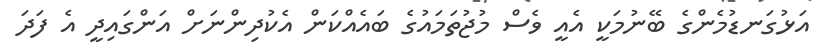
އަޅުގަނޑުމެންގެ ބޭނުމަކީ އެއީ ވެސް މުޖުތަމައުގެ ބައެއްކަން އެކުދިންނަށް އަންގައިދީ އެ ފަދަ